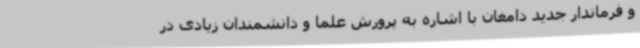
و فرماندار جدید دامغان با اشاره به پرورش علما و دانشمندان زیادی در